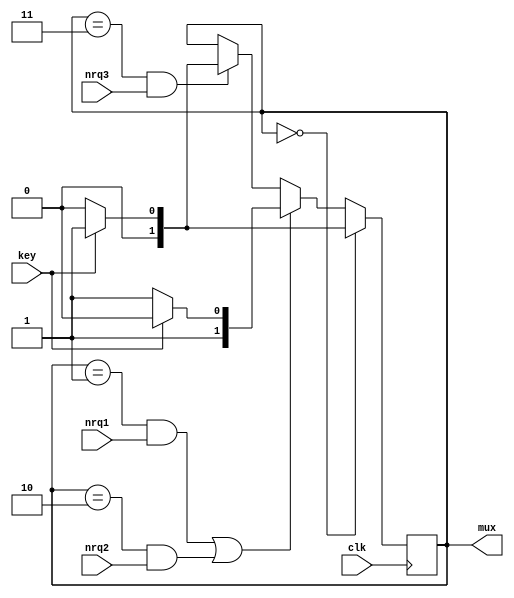
module ToneSequencer(input clk, input key, input nrq1, input nrq2, input nrq3, output [1:0] mux);
    reg [1:0] count;

    always @(posedge clk)
    begin
        if (count == 0)
            begin
                // Key down, start the tone, or continue with the idle state.
                count <= key ? 1 : 0;
            end
        else if ((count == 1 && nrq1) || (count == 2 && nrq2))
            begin
                // Still key down, continue with the tone, or key up, stop the tone.
                count <= key ? 2 : 3;
            end
        else if (count == 3 && nrq3)
            begin
                // Key down again or idle.
                count <= key ? 1 : 0;
            end
    end

    assign mux = count;

endmodule